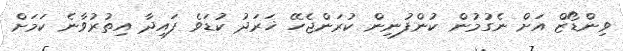
ވިންޑޯޒް އަށް ނެގުމުން ކުންފުނިން ކުރަންޖެހޭ ޚަރަދު ކުޑަވެ ފައިދާ އިތުރުވާނެ ކަމަށް